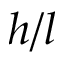
h / l